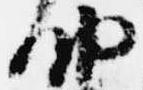
納